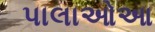
પાલાઓઆ